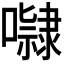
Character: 𭋺